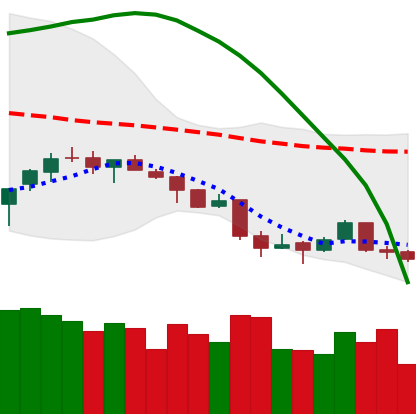
Ticker: BTC-USD
Chart end date: 2018-04-06
Forward return: 5.003%
Label: up_5_7